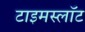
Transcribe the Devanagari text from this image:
टाइमस्लॉट